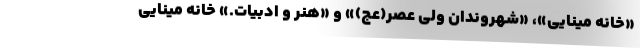
«خانه‌ مینایی»، «شهروندان‌ ولی‌ عصر(عج)» و «هنر و ادبیات.» خانه مینایی